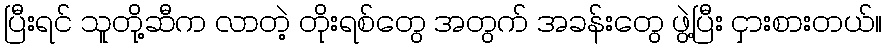
ပြီးရင် သူတို့ဆီက လာတဲ့ တိုးရစ်တွေ အတွက် အခန်းတွေ ဖွဲ့ပြီး ငှားစားတယ်။